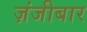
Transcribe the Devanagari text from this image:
ज़ंजीबार